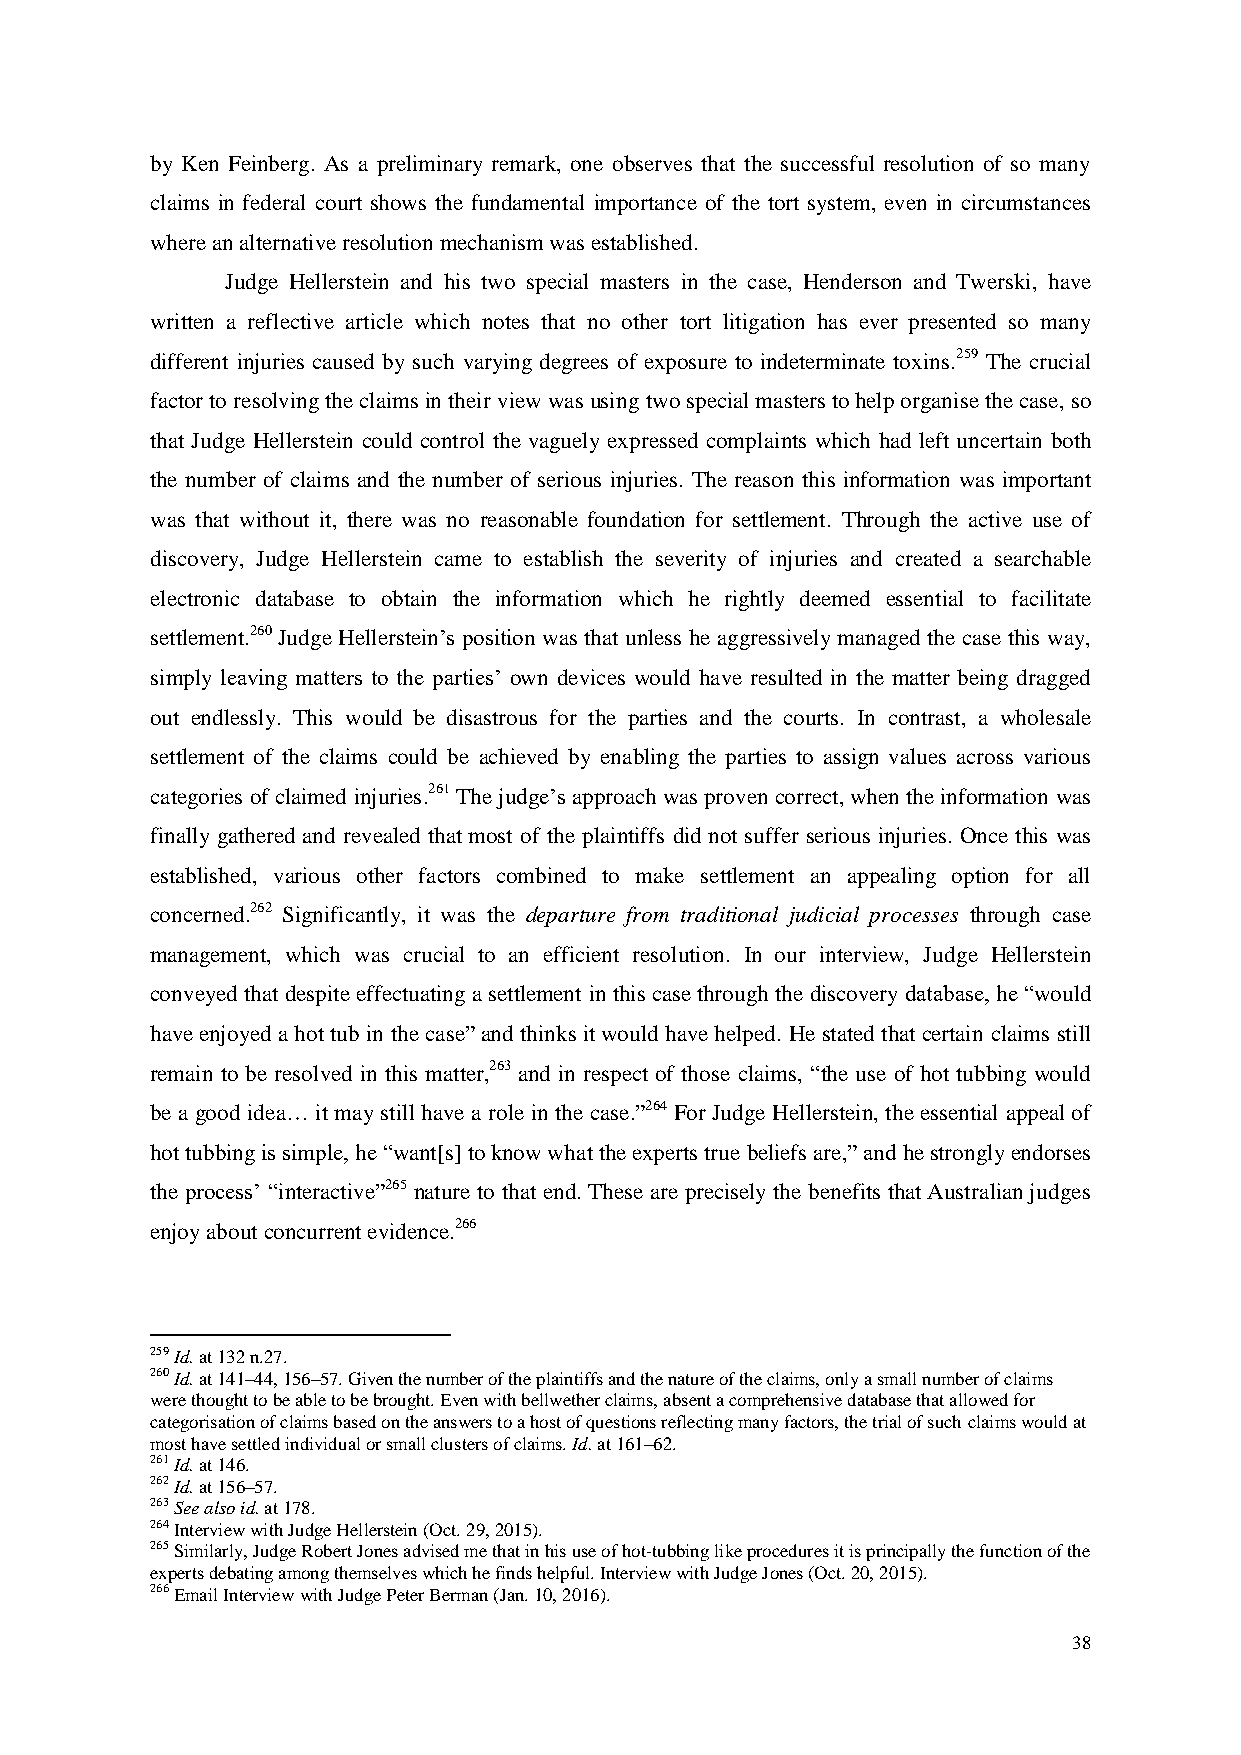
by Ken Feinberg. As a preliminary remark, one observes that the successful resolution of so many
 claims in federal court shows the fundamental importance of the tort system, even in circumstances
 where an alternative resolution mechanism was established.
 Judge Hellerstein and his two special masters in the case, Henderson and Twerski, have
 written a reflective article which notes that no other tort litigation has ever presented so many
 different injuries caused by such varying degrees of exposure to indeterminate toxins.259 The crucial
 factor to resolving the claims in their view was using two special masters to help organise the case, so
 that Judge Hellerstein could control the vaguely expressed complaints which had left uncertain both
 the number of claims and the number of serious injuries. The reason this information was important
 was that without it, there was no reasonable foundation for settlement. Through the active use of
 discovery, Judge Hellerstein came to establish the severity of injuries and created a searchable
 electronic database to obtain the information which he rightly deemed essential to facilitate
 settlement.260 Judge Hellerstein’s position was that unless he aggressively managed the case this way,
 simply leaving matters to the parties’ own devices would have resulted in the matter being dragged
 out endlessly. This would be disastrous for the parties and the courts. In contrast, a wholesale
 settlement of the claims could be achieved by enabling the parties to assign values across various
 categories of claimed injuries.261 The judge’s approach was proven correct, when the information was
 finally gathered and revealed that most of the plaintiffs did not suffer serious injuries. Once this was
 established, various other factors combined to make settlement an appealing option for all
 concerned.262 Significantly, it was the departure from traditional judicial processes through case
 management, which was crucial to an efficient resolution. In our interview, Judge Hellerstein
 conveyed that despite effectuating a settlement in this case through the discovery database, he “would
 have enjoyed a hot tub in the case” and thinks it would have helped. He stated that certain claims still
 remain to be resolved in this matter,263 and in respect of those claims, “the use of hot tubbing would
 be a good idea… it may still have a role in the case.”264 For Judge Hellerstein, the essential appeal of
 hot tubbing is simple, he “want[s] to know what the experts true beliefs are,” and he strongly endorses
 the process’ “interactive”265 nature to that end. These are precisely the benefits that Australian judges
 enjoy about concurrent evidence.266
 259 Id. at 132 n.27.
 260 Id. at 141–44, 156–57. Given the number of the plaintiffs and the nature of the claims, only a small number of claims
 were thought to be able to be brought. Even with bellwether claims, absent a comprehensive database that allowed for
 categorisation of claims based on the answers to a host of questions reflecting many factors, the trial of such claims would at
 most have settled individual or small clusters of claims. Id. at 161–62.
 261 Id. at 146.
 262 Id. at 156–57.
 263 See also id. at 178.
 264 Interview with Judge Hellerstein (Oct. 29, 2015).
 265 Similarly, Judge Robert Jones advised me that in his use of hot-tubbing like procedures it is principally the function of the
 experts debating among themselves which he finds helpful. Interview with Judge Jones (Oct. 20, 2015).
 266 Email Interview with Judge Peter Berman (Jan. 10, 2016).
 38